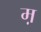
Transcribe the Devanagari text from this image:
म़